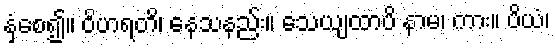
နှံ့စေ၍။ ဝိဟရတိ၊ နေသနည်း။ သေယျထာပိ နာမ၊ ကား။ ပိယံ၊